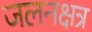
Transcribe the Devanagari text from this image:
जलनक्षत्र